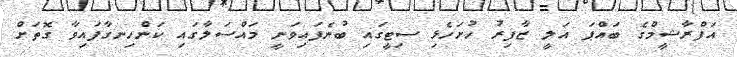
އަފްރާޝީމްގެ ބައްޕަ އަލީ ޒާފިރު ހުށަހެޅި ސިޓީގައި ބުނެފައިވަނީ މައްސަލާގައި ކަންހިނގާފައިވާ ގޮތަށް